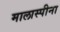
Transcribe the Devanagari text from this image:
मालास्पीना